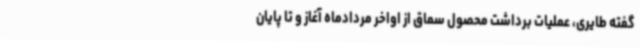
گفته طایری، عملیات برداشت محصول سماق از اواخر مردادماه آغاز و تا پایان